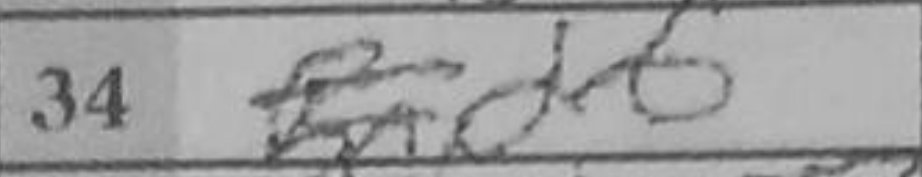
Transcription: d6